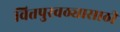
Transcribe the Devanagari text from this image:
वित्तपुरवठ्यासाठी